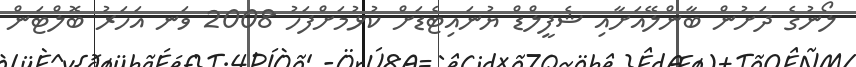
ލޯނުގެ ދަށުން ބާންލޭއަށާއި ޝެފީލްޑް ޔުނައިޓެޑަށް ކުޅުމަށްފަހު 2008 ވަނ އަހަރު ބޮލްޓަން